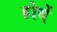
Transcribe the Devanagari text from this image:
होथें